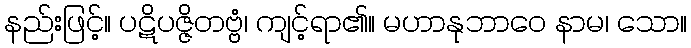
နည်းဖြင့်။ ပဋိပဇ္ဇိတဗ္ဗံ၊ ကျင့်ရာ၏။ မဟာနုဘာဝေ နာမ၊ သော။